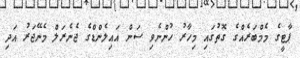
ޕާޓީގެ މެމްބަރެއްގެ ގޮތުގައި މިހާރު ހުންނެވި ސަން އައިލެންޑްގެ ޖެނެރަލް މެނޭޖަރު އަދި